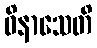
ဝိနာသေတိ